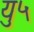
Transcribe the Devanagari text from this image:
यु५